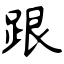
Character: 跟